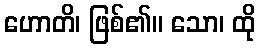
ဟောတိ၊ ဖြစ်၏။ သော၊ ထို